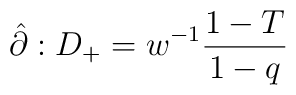
\hat{\partial}:D_{+}=w^{-1}\frac{1-T}{1-q}